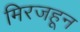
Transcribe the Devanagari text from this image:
मिरजहून